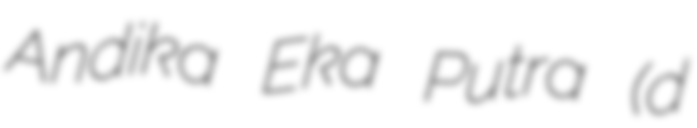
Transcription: Andika Eka Putra (d